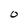
Character: O